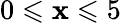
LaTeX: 0\leqslant\mathbf{x}\leqslant5